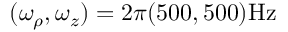
\ensuremath { ( \omega _ { \rho } , \omega _ { z } ) = 2 \pi ( 5 0 0 , 5 0 0 ) \mathrm { H z } }